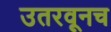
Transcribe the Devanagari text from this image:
उतरवूनच